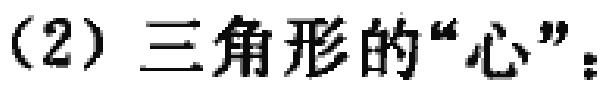
（2）三角形的“心”：